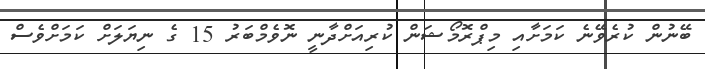
ބޭނުން ކުރެވޭނެ ކަމަށާއި މިޕްރޮމޯޝަން ކުރިއަށްދާނީ ނޮވެމްބަރު 15 ގެ ނިޔަލަށް ކަމަށްވެސް